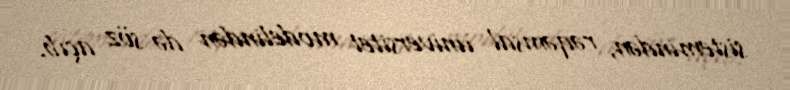
sistemindən, rəqəmsal universitet modelindən də söz açıb.